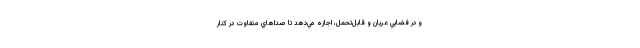
و در فضايي عريان و قابل‌تحمل، اجازه مي‌دهد تا صداهاي متفاوت در كنار